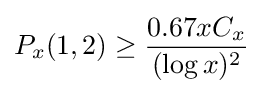
P_{x}(1,2)\geq {\frac {0.67xC_{x}}{(\log x)^{2}}}